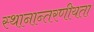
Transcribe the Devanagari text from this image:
स्थानान्तरणीयता